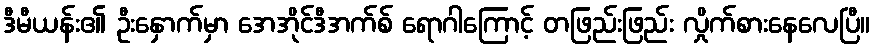
ဒီမီယန်း၏ ဦးနှောက်မှာ အေအိုင်ဒီအက်စ် ရောဂါကြောင့် တဖြည်းဖြည်း လှိုက်စားနေလေပြီ။